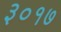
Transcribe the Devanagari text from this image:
३०१७